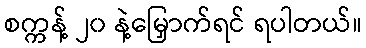
စက္ကန့် ၂၀ နဲ့မြှောက်ရင် ရပါတယ်။